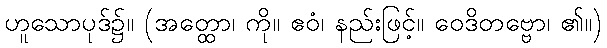
ဟူသောပုဒ်၌။ (အတ္ထော၊ ကို။ ဧဝံ၊ နည်းဖြင့်။ ဝေဒိတဗ္ဗော၊ ၏။)